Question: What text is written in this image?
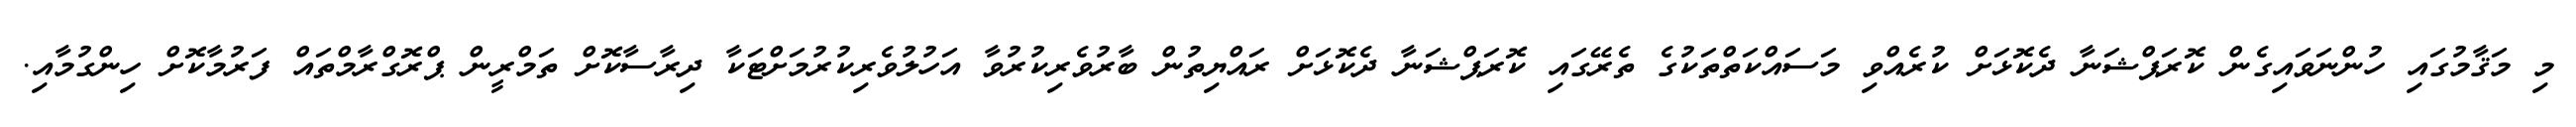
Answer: މި މަޤާމުގައި ހުންނަވައިގެން ކޮރަޕްޝަނާ ދެކޮޅަށް ކުރެއްވި މަސައްކަތްތަކުގެ ތެރޭގައި ކޮރަޕްޝަނާ ދެކޮޅަށް ރައްޔިތުން ބާރުވެރިކުރުވާ އަހުލުވެރިކުރުމަށްޓަކާ ދިރާސާކޮށް ތަމްރީން ޕްރޮގްރާމްތައް ފަރުމާކޮށް ހިންގުމާއި.